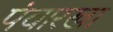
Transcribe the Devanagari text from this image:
पंवारखा